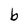
Character: b